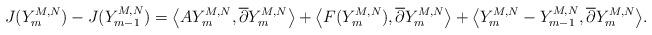
LaTeX: \begin{align*}J(Y_m^{M,N})-J(Y_{m-1}^{M,N})=\big<A Y_m^{M,N}, \overline{\partial} Y_m^{M,N}\big>+\big<F(Y_m^{M,N}), \overline{\partial} Y_m^{M,N}\big>+\big<Y_m^{M,N}-Y_{m-1}^{M,N},\overline{\partial} Y_m^{M,N}\big>.\end{align*}